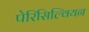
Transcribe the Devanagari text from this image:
पेरिसिल्वियन